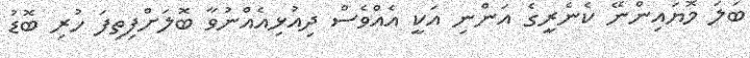
ބަލަ މޮޔައިންނޭ ކެނެރީގެ އަންނި އަކީ އެއްވެސް ދިއުޅިއެއްނުވާ ބޮލަށްފިތިފަ ހުރި ބޮޑު